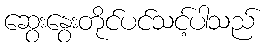
ဆွေးနွေးတိုင်ပင်သင့်ပါသည်